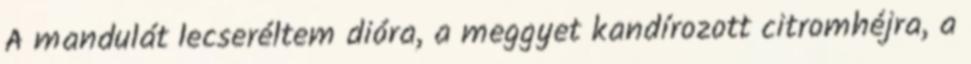
A mandulát lecseréltem dióra, a meggyet kandírozott citromhéjra, a